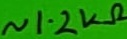
Text: ~1.2kΩ